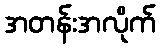
အတန်းအလိုက်